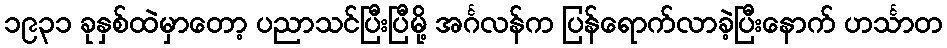
၁၉၃၁ ခုနှစ်ထဲမှာတော့ ပညာသင်ပြီးပြီမို့ အင်္ဂလန်က ပြန်ရောက်လာခဲ့ပြီးနောက် ဟင်္သာတ